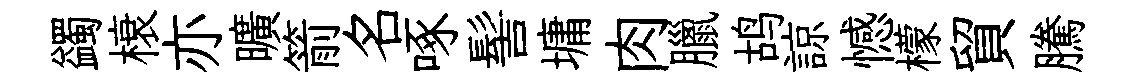
蠲榱亦曠箭名啄髻墉肉臘鸪諒憾檬貿騰